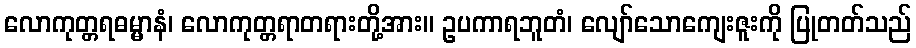
လောကုတ္တရဓမ္မာနံ၊ လောကုတ္တရာတရားတို့အား။ ဥပကာရဘူတံ၊ လျော်သောကျေးဇူးကို ပြုတတ်သည်